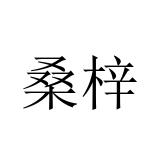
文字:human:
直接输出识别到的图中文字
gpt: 桑梓